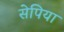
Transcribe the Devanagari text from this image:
सेपिया